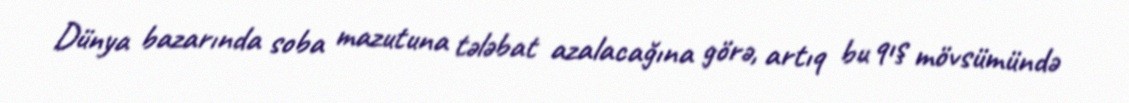
Dünya bazarında soba mazutuna tələbat azalacağına görə, artıq bu qış mövsümündə